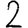
Digit: 2